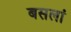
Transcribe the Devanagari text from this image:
बसलां